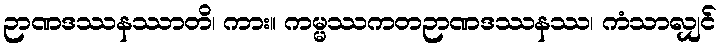
ဉာဏဒဿနဿာတိ၊ ကား။ ကမ္မဿကတဉာဏဒဿနဿ၊ ကံသာလျှင်